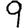
Digit: 9